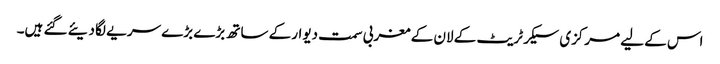
اس کے لیے مرکزی سیکرٹریٹ کے لان کے مغربی سمت دیوار کے ساتھ بڑے بڑے سریے لگا دیئے گئے ہیں۔